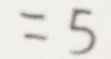
= 5